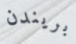
بريندن